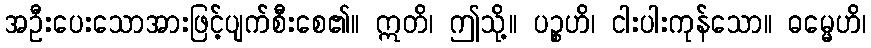
အဦးပေးသောအားဖြင့်ပျက်စီးစေ၏။ ဣတိ၊ ဤသို့။ ပဉ္စဟိ၊ ငါးပါးကုန်သော။ ဓမ္မေဟိ၊